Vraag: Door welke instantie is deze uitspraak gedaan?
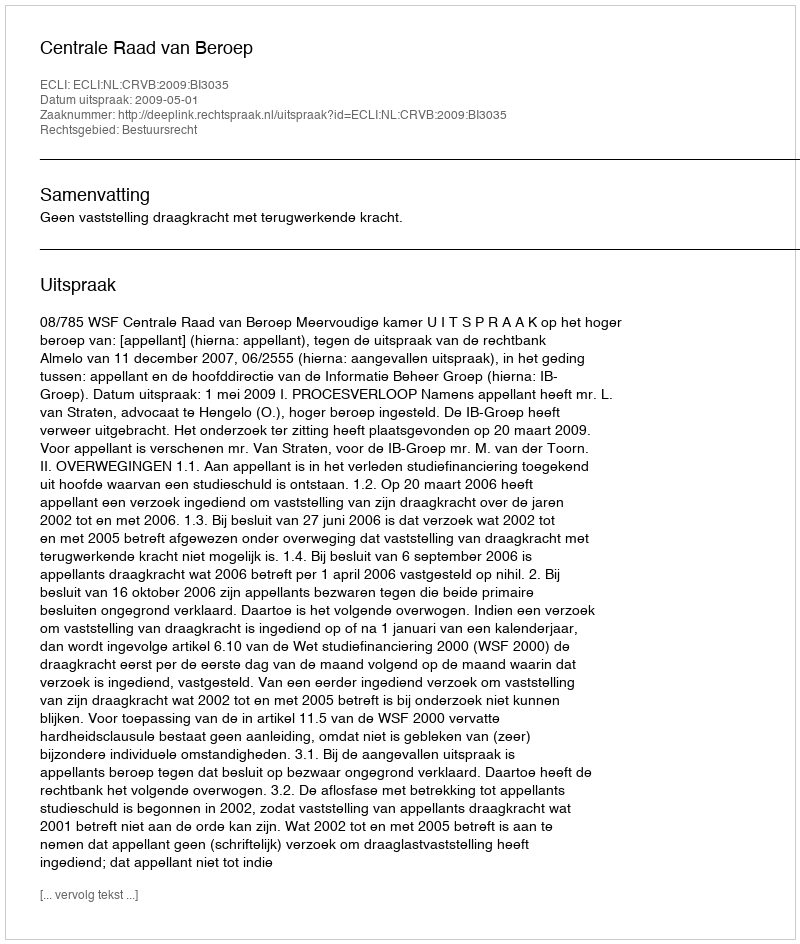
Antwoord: Centrale Raad van Beroep